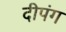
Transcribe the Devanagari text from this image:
दीपंग